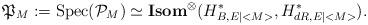
LaTeX: \begin{align*}\mathfrak{P}_{M}:=\mathrm{Spec}(\mathcal{P}_{M})\simeq {\bf Isom}^{\otimes}(H^*_{B,E\mid <M>},H^*_{dR,E\mid <M>}).\end{align*}